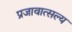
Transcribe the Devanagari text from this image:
प्रजावात्सल्य